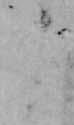
よ